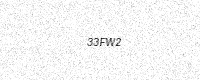
Text: 33FW2